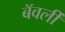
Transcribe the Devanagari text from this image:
बॅवर्ली